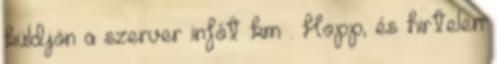
küldjön a szerver infót km . Hopp, és hirtelen